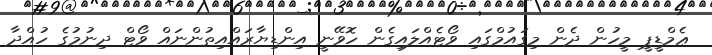
ޢެމްޑީޕީ މީހުން ދެން މިގައުމްގައި ވޯޓެއްލައިގެން ހޮވޭނީ އިންޑިޔާރައްއިތުންނައް ވޯޓް ދިނުމުގެ ހުއްދާ